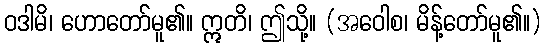
ဝဒါမိ၊ ဟောတော်မူ၏။ ဣတိ၊ ဤသို့။ (အဝေါစ၊ မိန့်တော်မူ၏။)